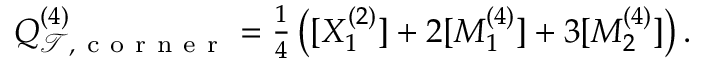
\begin{array} { r } { Q _ { \mathcal { T } , \mathrm { ~ c ~ o ~ r ~ n ~ e ~ r ~ } } ^ { ( 4 ) } = \frac { 1 } { 4 } \left( [ X _ { 1 } ^ { ( 2 ) } ] + 2 [ M _ { 1 } ^ { ( 4 ) } ] + 3 [ M _ { 2 } ^ { ( 4 ) } ] \right) . } \end{array}